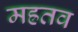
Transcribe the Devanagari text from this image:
मह्रतव